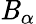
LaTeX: \mathit{B}_{\alpha}